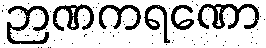
ဉာဏကရဏော